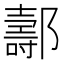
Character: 𨞪